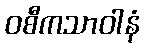
ဝစီကသာဝါနံ